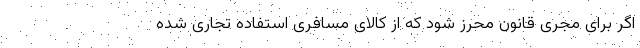
اگر برای مجری قانون محرز شود که از کالای مسافری استفاده تجاری شده